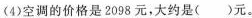
(4)空调的价格是2098元，大约是()元。